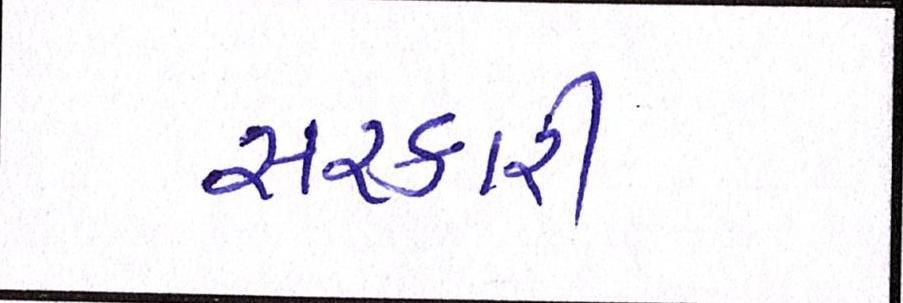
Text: સરકારી